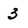
Character: 3